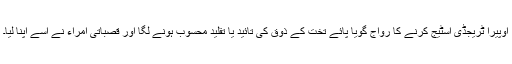
اوپیرا ٹریجڈی اسٹیج کرنے کا رواج گویا پائے تخت کے ذوق کی تائید یا تقلید محسوب ہونے لگا اور قصباتی امراء نے اسے اپنا لیا۔